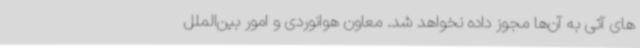
های آتی به آن‌ها مجوز داده نخواهد شد. معاون هوانوردی و امور بین‌الملل